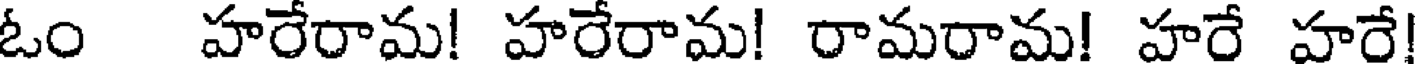
ఓం హరేరామ! హరేరామ! రామరామ! హరే హరే!